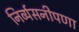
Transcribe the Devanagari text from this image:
निर्व्यसनीपणा